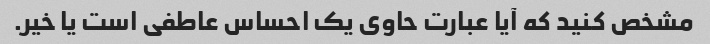
مشخص کنید که آیا عبارت حاوی یک احساس عاطفی است یا خیر.